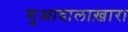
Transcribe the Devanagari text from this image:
गुआदालाख़ारा